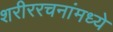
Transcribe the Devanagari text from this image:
शरीररचनांमध्ये